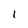
Character: l